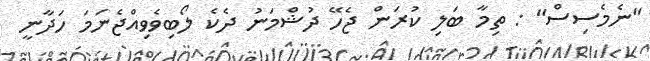
"ނެމެސިސް" : ތިމާ ބަލި ކުރަން ޖެހޭ ދުޝްމަނު ދެކެ ލޯބިވެވިއްޖެނަމަ ހަދާނީ